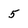
Character: 5